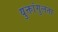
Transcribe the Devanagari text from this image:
युक्तांगुलता